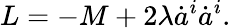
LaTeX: L=-M+2\lambda\dot{a}^{i}\dot{a}^{i}.